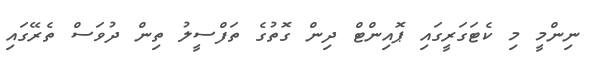
ނިންމީ މި ކެޓަގަރީގައި ޕޮއިންޓް ދިން ގޮތުގެ ތަފްސީލު ތިން ދުވަސް ތެރޭގައި